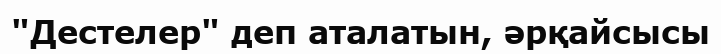
"Дестелер" деп аталатын, әрқайсысы